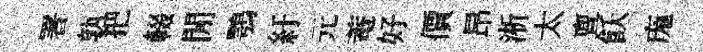
署孰把輟閒鶚紆元菴好價昂淅太亶飫庬